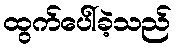
ထွက်ပေါ်ခဲ့သည်